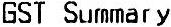
GST SUMMARY